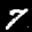
Label: 7